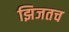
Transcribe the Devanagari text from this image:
झिजतच